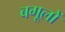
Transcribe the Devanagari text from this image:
बगूलों